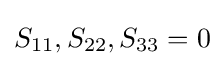
S_{11},S_{22},S_{33}=0